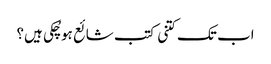
اب تک کتنی کتب شائع ہو چُکی ہیں؟